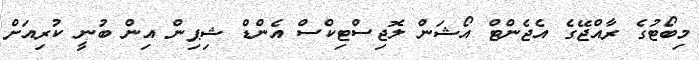
މިބޯޓުގެ ރާއްޖޭގެ އެޖެންޓް އޯޝަން ލޮޖިސްޓިކްސް އެންޑް ޝިޕިން އިން ބުނީ ކުރިއަށް